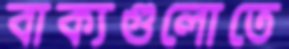
বাক্যগুলোতে